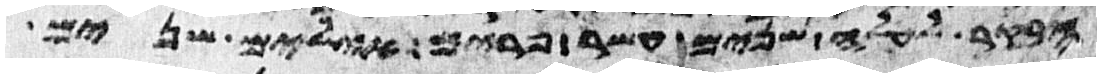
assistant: הבקר לעלה שנים עשר פרים אילים שנים